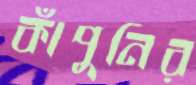
কাঁপুনির